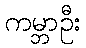
ကမ္ဘာဦး